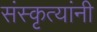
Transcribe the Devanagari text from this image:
संस्कृत्यांनी